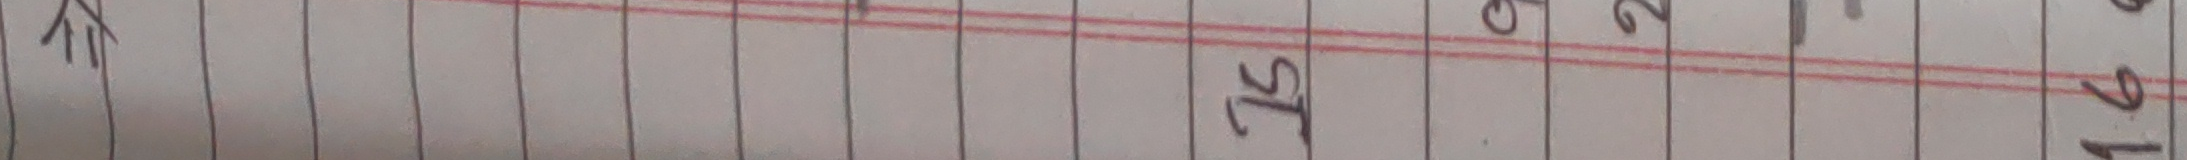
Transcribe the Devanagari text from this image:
१
२
३
४
५
६
७
८
९
१०
११
१२
१३
१४
१५